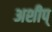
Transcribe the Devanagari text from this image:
अशीप्